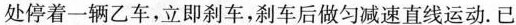
处停着一辆乙车，立即刹车，刹车后做匀减速直线运动。已